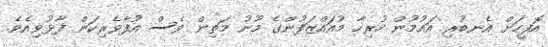
އޮފީހަށް އެނބުރި އައުމުން ހުރިހާ މުއައްޒަފުންގެ މޫނު މަތިން ވެސް އުފާވެރިކަން ފާޅުވިއެވެ.